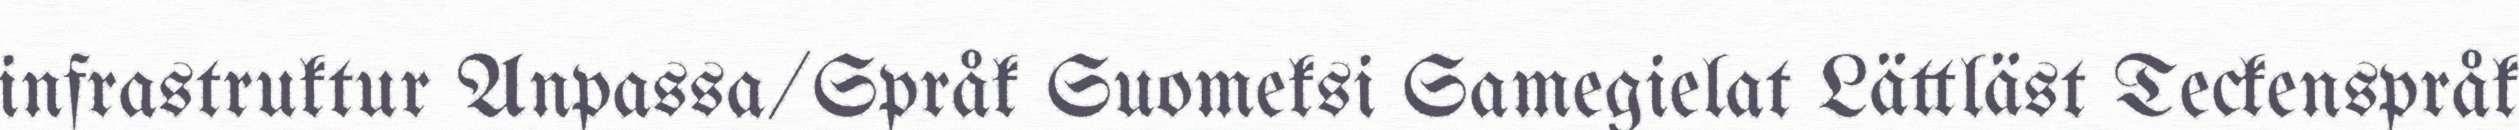
infrastruktur Anpassa/Språk Suomeksi Samegielat Lättläst Teckenspråk